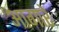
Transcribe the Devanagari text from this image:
आगारे